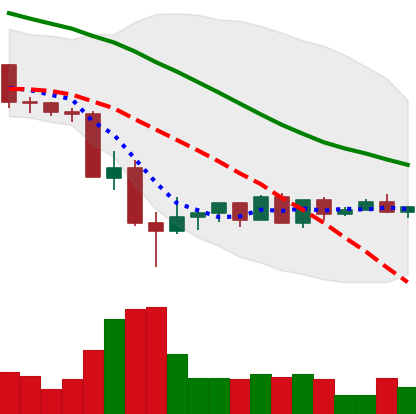
Ticker: LTC-USD
Chart end date: 2022-05-24
Forward return: -9.35%
Label: down_7plus